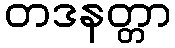
တဒနတ္တာ